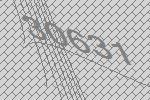
30631